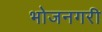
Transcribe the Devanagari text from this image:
भोजनगरी